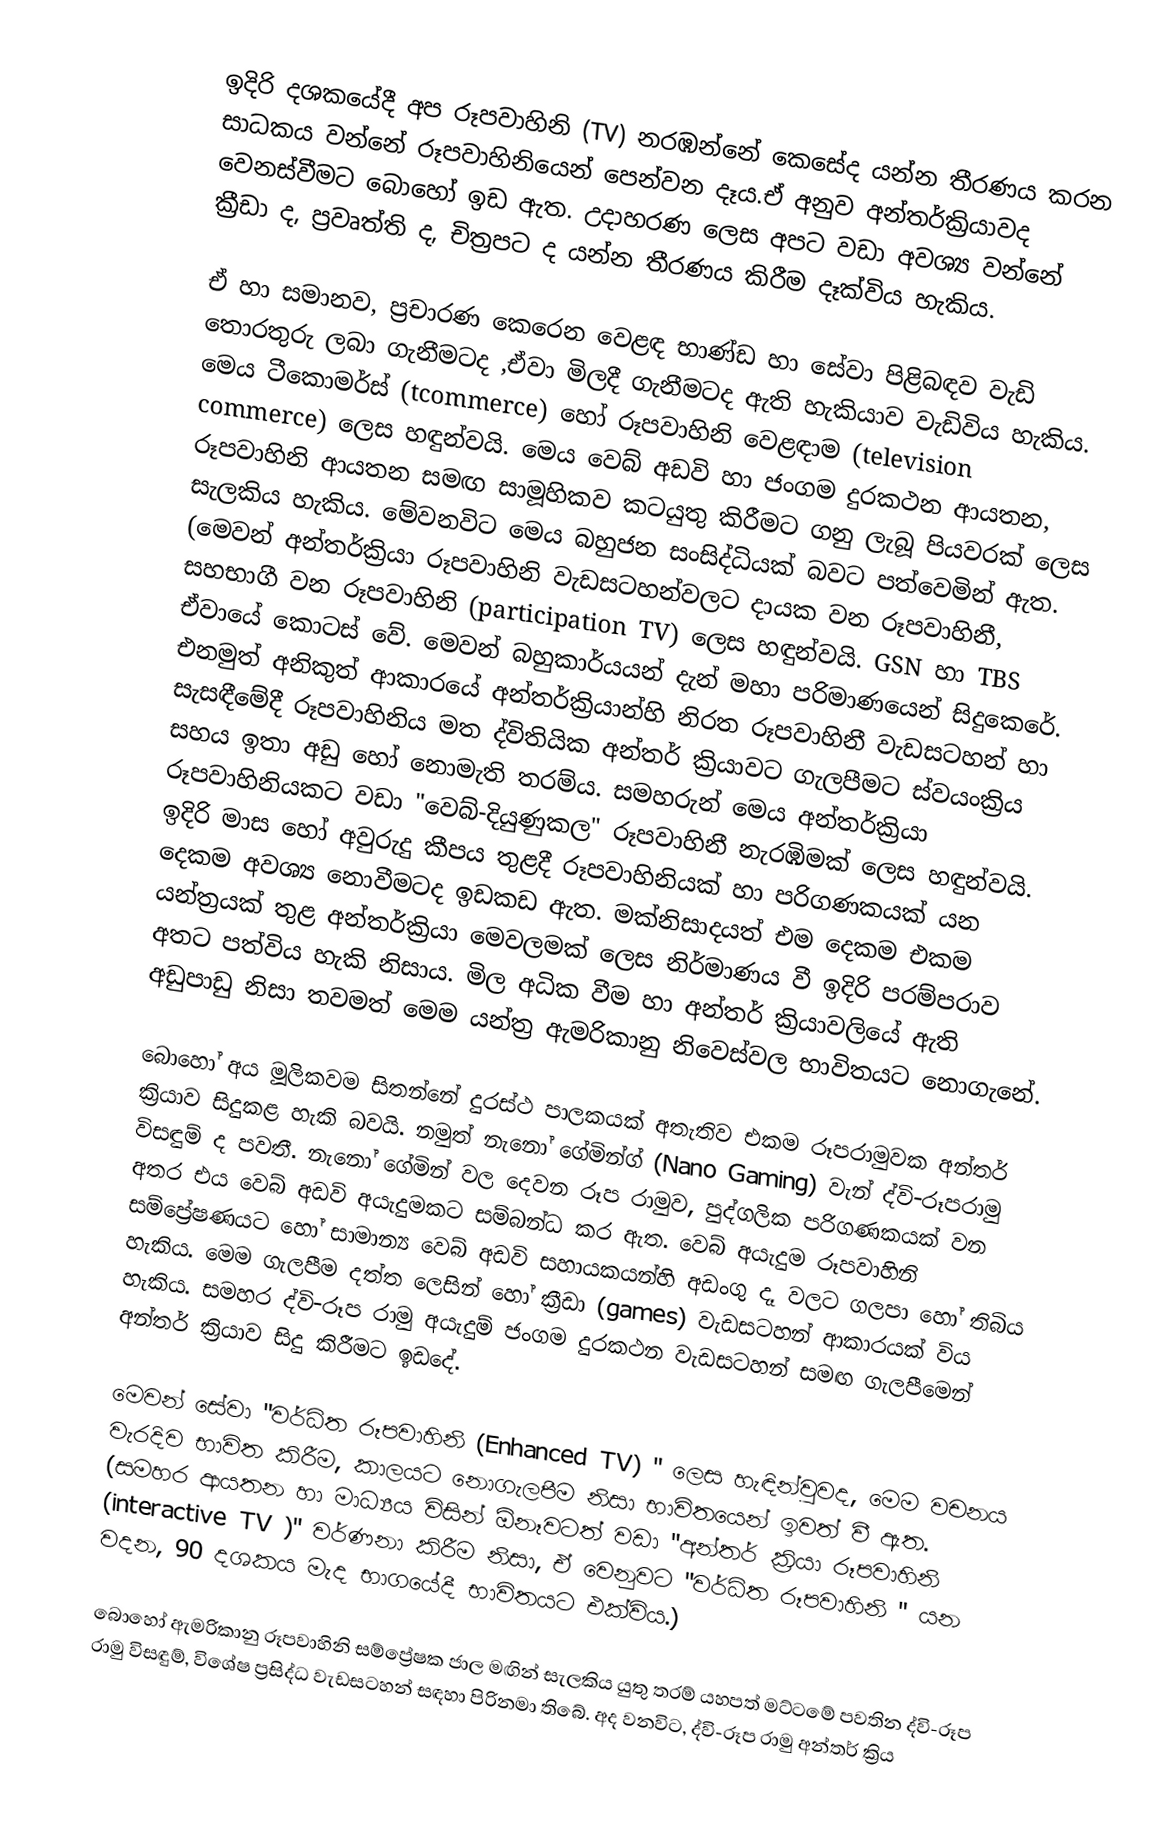
ඉදිරි දශකයේදී අප  රූපවාහිනි (TV) නරඹන්නේ කෙසේද යන්න තීරණය කරන සාධකය වන්නේ  රූපවාහිනියෙන් පෙන්වන දෑය.ඒ අනුව අන්තර්ක්‍රියාවද වෙනස්වීමට බොහෝ ඉඩ ඇත. උදාහරණ ලෙස අපට වඩා අවශ්‍ය වන්නේ ක්‍රීඩා ද, ප්‍රවෘත්ති ද, චිත්‍රපට ද යන්න තීරණය කිරීම දෑක්විය හැකිය.

ඒ හා සමානව, ප්‍රචාරණ කෙරෙන වෙළඳ භාණ්ඩ හා සේවා පිළිබඳව වැඩි තොරතුරු ලබා ගැනීමටද ,ඒවා මිලදී ගැනීමටද ඇති හැකියාව වැඩිවිය හැකිය. මෙය ටීකොමර්ස් (tcommerce) හෝ රූපවාහිනි වෙළඳාම (television commerce) ලෙස හඳුන්වයි. මෙය වෙබ් අඩවි හා ජංගම දුරකථන ආයතන, රූපවාහිනි ආයතන සමඟ සාමූහිකව කටයුතු කිරීමට ගනු ලැබූ පියවරක් ලෙස සැලකිය හැකිය. මේවනවිට මෙය බහුජන සංසිද්ධියක් බවට පත්වෙමින් ඇත. (මෙවන් අන්තර්ක්‍රියා රූපවාහිනි වැඩසටහන්වලට දායක වන රූපවාහිනී, සහභාගී වන රූපවාහිනි (participation TV) ලෙස හඳුන්වයි. GSN හා TBS ඒවායේ කොටස් වේ. මෙවන් බහුකාර්යයන් දැන් මහා පරිමාණයෙන් සිදුකෙරේ. එනමුත් අනිකුත් ආකාරයේ අන්තර්ක්‍රියාන්හි නිරත රූපවාහිනී වැඩසටහන් හා සැසඳීමේදී රූපවාහිනිය මත ද්විතියික අන්තර් ක්‍රියාවට ගැලපීමට ස්වයංක්‍රිය සහය ඉතා අඩු හෝ නොමැති තරම්ය. සමහරුන් මෙය අන්තර්ක්‍රියා රූපවාහිනියකට වඩා "වෙබ්-දියුණුකල" රූපවාහිනී නැරඹිමක් ලෙස හඳුන්වයි. ඉදිරි මාස හෝ අවුරුදු කීපය තුළදී රූපවාහිනියක් හා පරිගණකයක් යන දෙකම අවශ්‍ය නොවීමටද ඉඩකඩ ඇත. මක්නිසාදයත් එම දෙකම එකම යන්ත්‍රයක් තුළ අන්තර්ක්‍රියා මෙවලමක් ලෙස නිර්මාණය වී ඉදිරි පරම්පරාව අතට පත්විය හැකි නිසාය. මිල අධික වීම හා අන්තර් ක්‍රියාවලියේ ඇති අඩුපාඩු නිසා තවමත් මෙම යන්ත්‍ර ඇමරිකානු නිවෙස්වල  භාවිතයට නොගැනේ.

බොහෝ අය මූලිකවම සිතන්නේ දුරස්ථ පාලකයක් අතැතිව එකම රූපරාමුවක අන්තර් ක්‍රියාව සිදුකළ හැකි බවයි. නමුත් නැනෝ ගේමින්ග් (Nano Gaming) වැන් ද්වි-රූපරාමු විසඳුම් ද පවතී. නැනෝ ගේමින් වල දෙවන රූප රාමුව, පුද්ගලික පරිගණකයක් වන අතර එය වෙබ් අඩවි අයැදුමකට සම්බන්ධ කර ඇත. වෙබ් අයැදුම රූපවාහිනි සම්ප්‍රේෂණයට හෝ සාමාන්‍ය වෙබ් අඩවි සහායකයන්හි අඩංගු දෑ වලට ගලපා හෝ තිබිය හැකිය. මෙම ගැලපීම දත්ත ලෙසින් හෝ ක්‍රීඩා (games)  වැඩසටහන් ආකාරයක් විය හැකිය. සමහර ද්වි-රූප රාමු අයැදුම් ජංගම දුරකථන වැඩසටහන් සමඟ ගැලපීමෙන් අන්තර් ක්‍රියාව සිදු කිරීමට ඉඩදේ‍.

මෙවන් සේවා "වර්ධිත රූපවාහිනි (Enhanced TV) " ලෙස හැඳින්වුවද, මෙම වචනය වැරදිව භාවිත කිරීම, කාලයට නොගැලපීම නිසා භාවිතයෙන් ඉවත් වී ඇත. (සමහර ආයතන හා මාධ්‍යය විසින් ඕනෑවටත් වඩා "අන්තර් ක්‍රියා රූපවාහිනි (interactive TV )" වර්ණනා කිරීම නිසා, ඒ වෙනුවට "වර්ධිත රූපවාහිනි " යන වදන,  90 දශකය මැද භාගයේදී භාවිතයට එක්විය.)

බොහෝ ඇමරිකානු රූපවාහිනි සම්ප්‍රේෂක ජාල මඟින් සැලකිය යුතු තරම් යහපත් මට්ටමේ පවතින ද්වි-රූප රාමු විසඳුම්, විශේෂ ප්‍රසිද්ධ වැඩසටහන් සඳහා පිරිනමා තිබේ. අද වනවිට, ද්වි-රූප රාමු අන්තර් ක්‍රිය